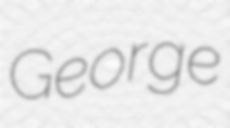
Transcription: George